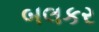
બલકર